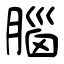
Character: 腦